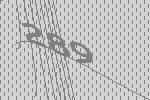
289